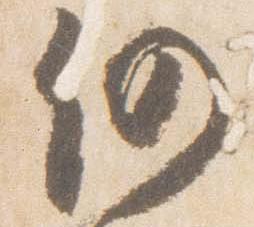
仍